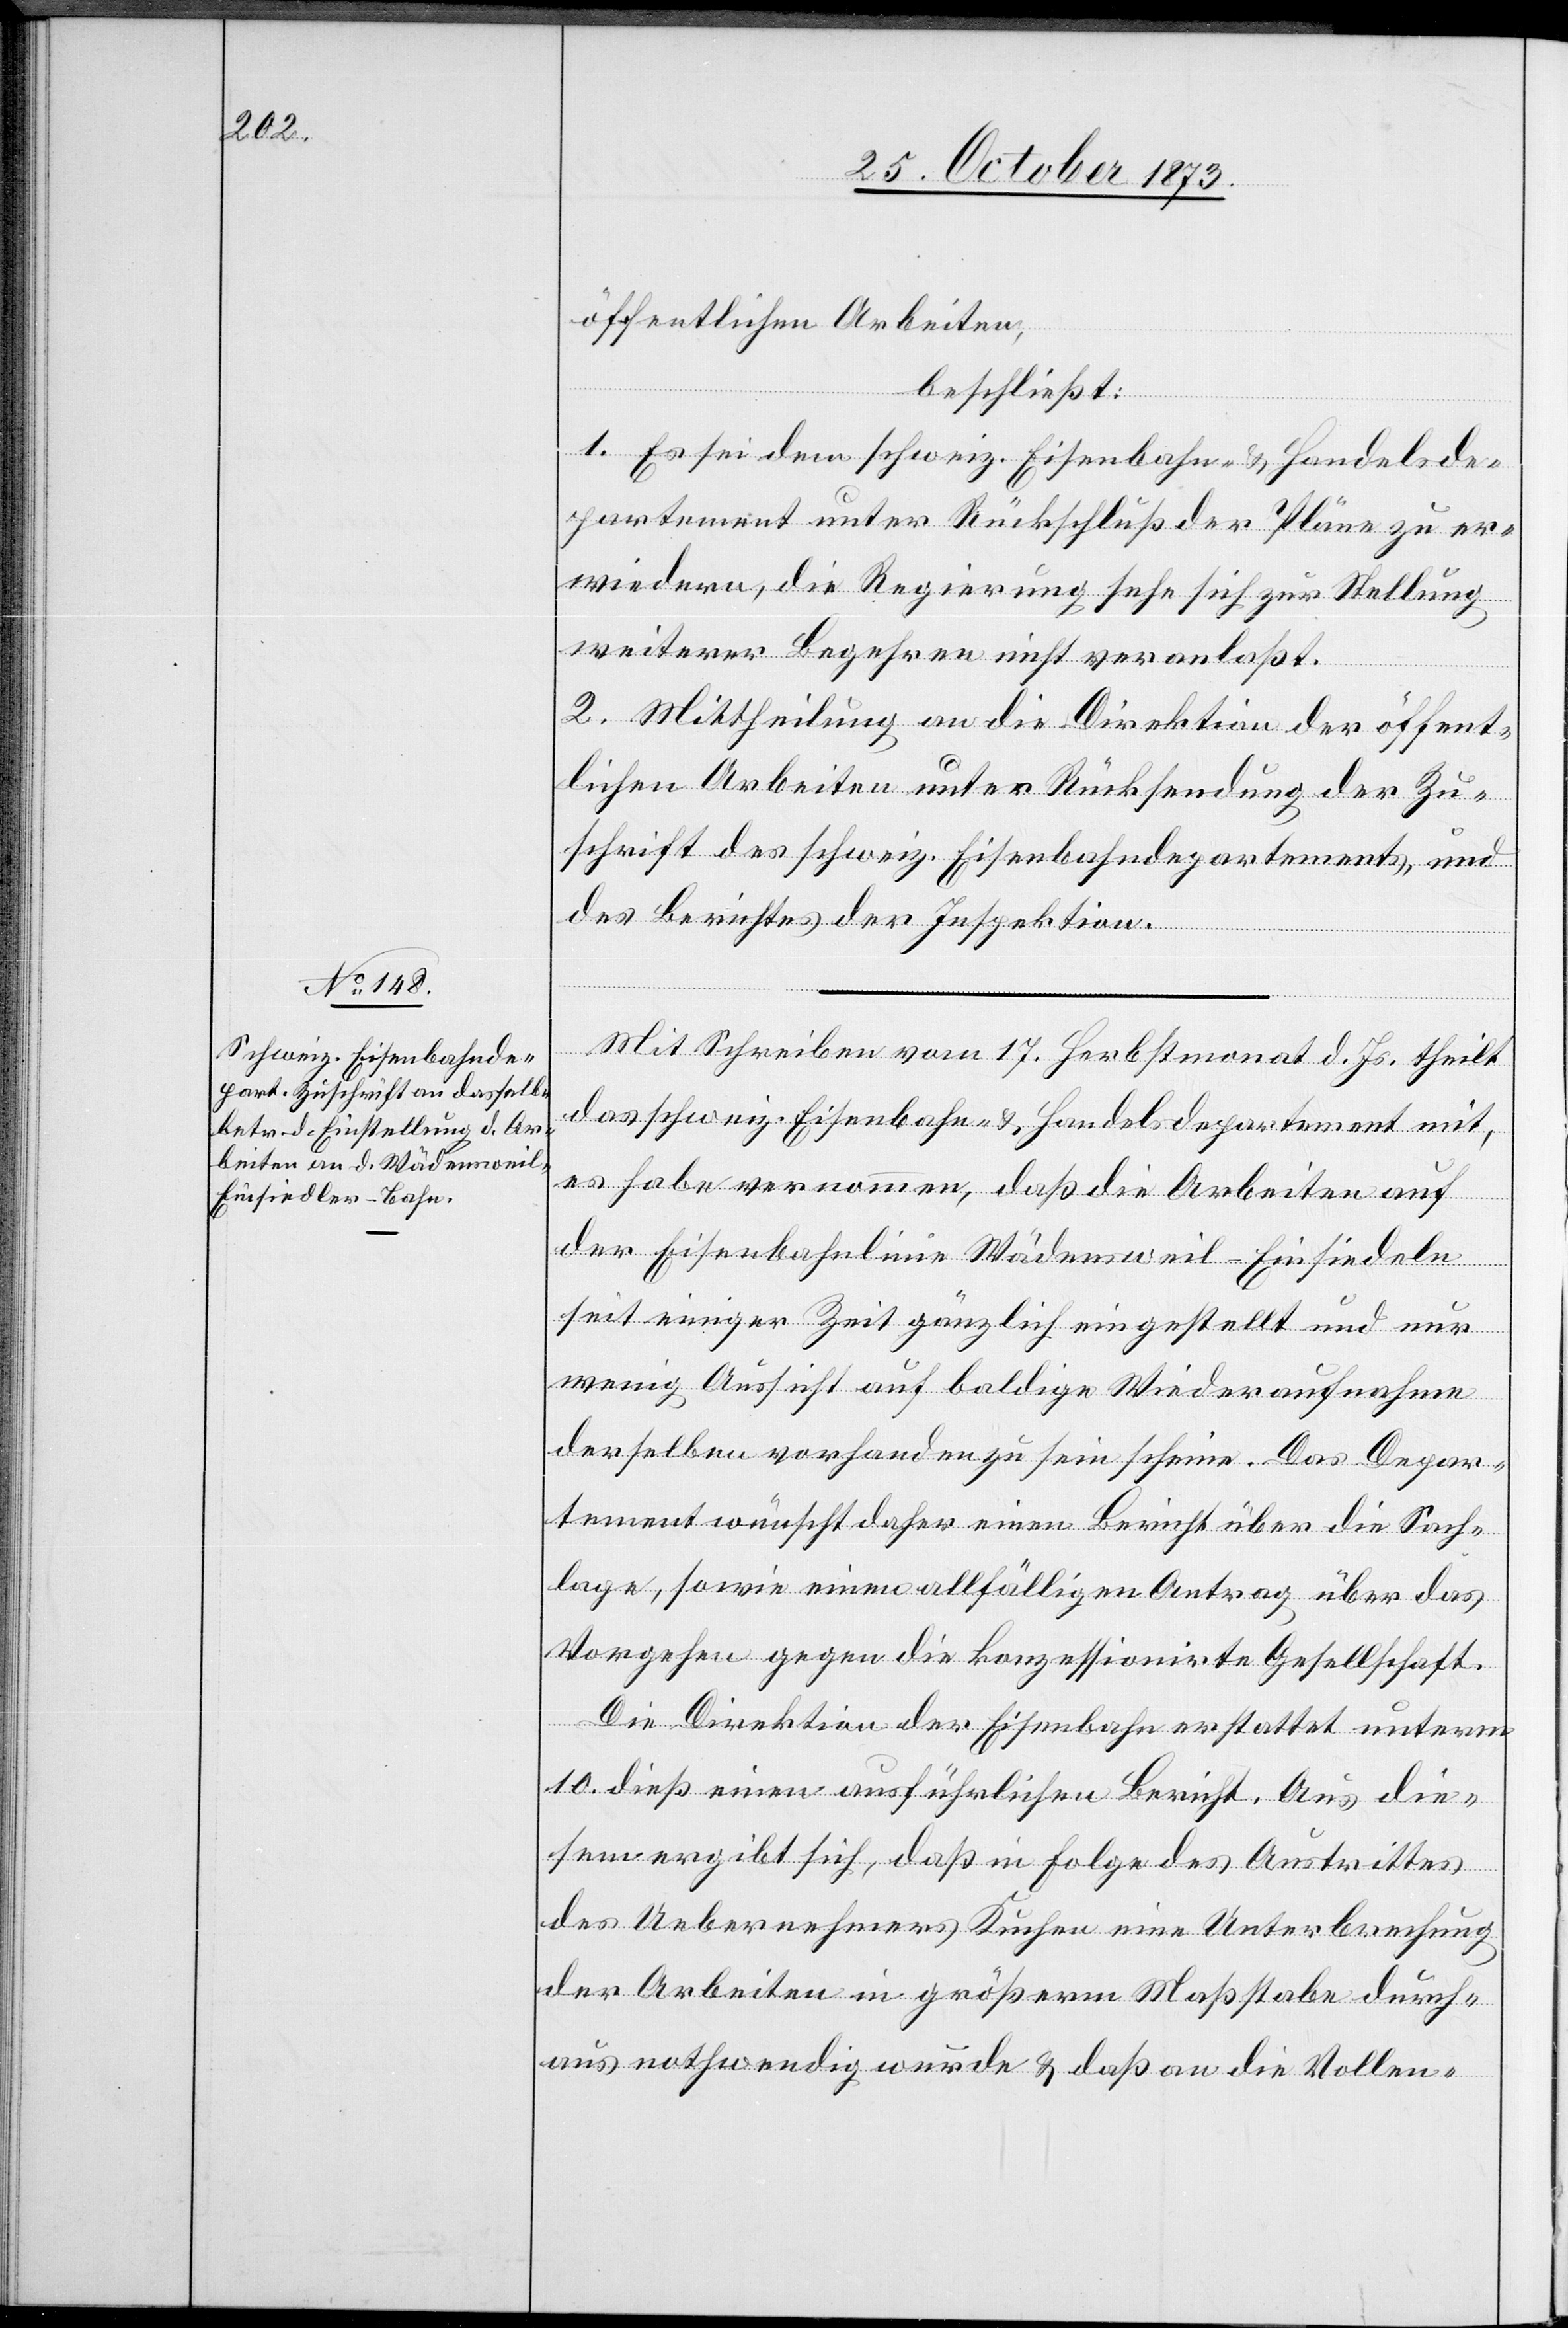
öffentlichen Arbeiten,
beschließt:
1. Es sei dem schweiz. Eisenbahn- & Handelsde¬
partement unter Rückschluß der Pläne zu er¬
wiedern, die Regierung sehe sich zur Stellung
weiterer Begehren nicht veranlaßt.
2. Mittheilung an die Direktion der öffent¬
lichen Arbeiten unter Rücksendung der Zu¬
schrift des schweiz. Eisenbahndepartements, und
des Berichtes der Inspektion.
Mit Schreiben vom 17. Herbstmonat d. Js. theilt
das schweiz. Eisenbahn- & Handelsdepartement mit,
es habe vernommen, daß die Arbeiten auf
der Eisenbahnlinie Wädensweil–Einsiedeln
seit einiger Zeit gänzlich eingestellt und nur
wenig Aussicht auf baldige Wiederaufnahme
derselben vorhanden zu sein scheine. Das Depar¬
tement wünscht daher einen Bericht über die Sach¬
lage, sowie einen allfälligen Antrag über das
Vorgehen gegen die konzessionirte Gesellschaft.
Die Direktion der Eisenbahn erstattet unterm
10. dieß einen ausführlichen Bericht. Aus die¬
sem ergibt sich, daß in Folge des Austrittes
des Uebernehmers Kuchen eine Unterbrechung
der Arbeiten in größerm Maßstabe durch¬
aus nothwendig wurde & daß an die Vollen-